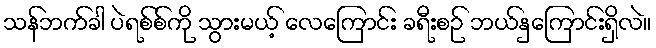
သန်ဘက်ခါ ပဲရစ်စ်ကို သွားမယ့် လေကြောင်း ခရီးစဉ် ဘယ်နှကြောင်းရှိလဲ။